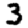
Digit: 3